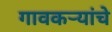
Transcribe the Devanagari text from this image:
गावकर्‍यांचे